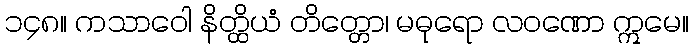
၁၄၈။ ကသာဝေါ နိတ္ထိယံ တိတ္တော၊ မဓုရော လဝဏော ဣမေ။